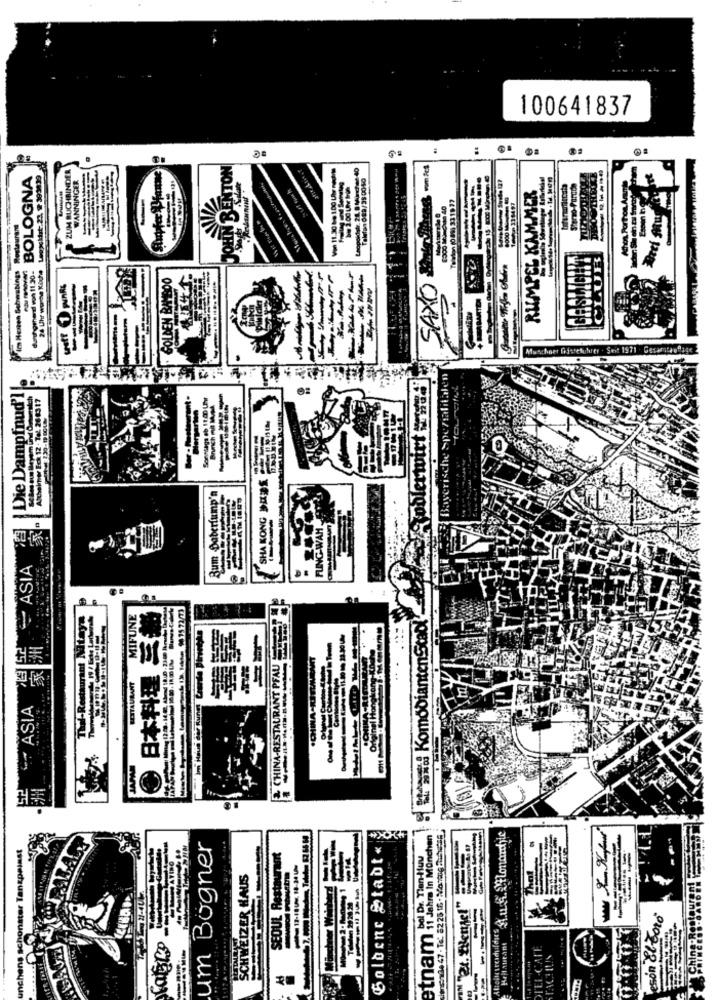
100641837
ZUM BUCHBINDER
JOHN BENTON
Von 11.3060 1.00 Uhr med
Leopoldstr. 2:1. 8.Mirchee 40
BOLOGNA
WANNINGER
Telefon 089/38 0040
RUMPEL KAMMER
---
Teleton (089) 331877
---
Im Herzen Schwabings Restaurant
dutorhendi von 11.30-
24 Uhr wonne Küche
GOLDEN BAYBOO
.U
SAXO
Asochner Gistetuhrer . Seit 1971 . Gesamtauflage
den
{Die Dampfnud'
Alcheimor Eck 12 . Tal. 200317
Sonntags eb It ED L
Brunch my
SHA KONG DANS
-
Bum Daberlump'n
FUNG-WAH
- ASIA
日本料理 三番
& CHINA-RESTAURANT PFAUT
Stand KomodiantenStadl
MIFUN
CHINA -RITEMENT
招家
RESTAURANT
ASIA
Alloraidiot's Auk Monarchyle
etnam 11 Jahre In München
enende 47 . Te' 82 25 18 - Montue 2:41
Inchans schonater Tanzpainst
um Bogner
Goldene Stadt
bol Dr. Tien-Huu
SCHWEIZER HAUS
eson El toro
TEL-CAN
.....
TACH IUS